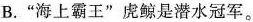
B.”海上霸王”虎鲸是潜水冠军。